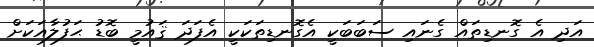
އަދި އެ ގޮނޑިތައް ގެނައި ސަބަބަކީ އެގޮނޑިތަކަކީ އެފަދަ ޤައުމީ ބޮޑު ޙަފުލާއަކަށް